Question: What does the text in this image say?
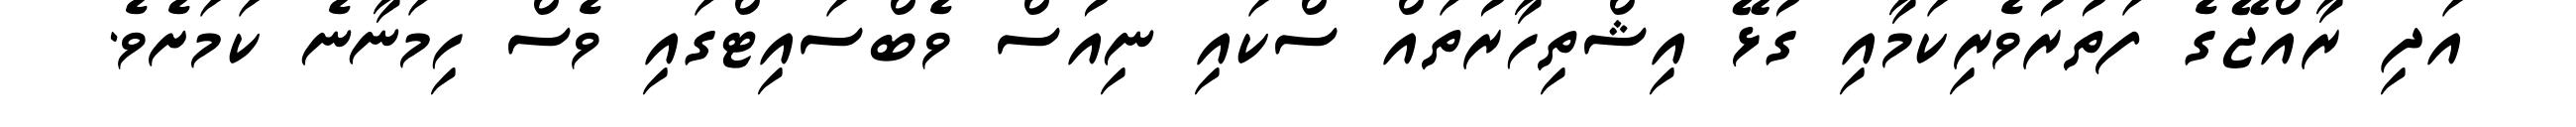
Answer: އަދި ރާއްޖޭގެ ފަތުރުވެރިކަމާއި ގުޅޭ އިޝްތިހާރުތައް ސްކައި ނިއުސް ވެބްސައިޓްގައި ވެސް ހިމަނާނެ ކަމަށެވެ.